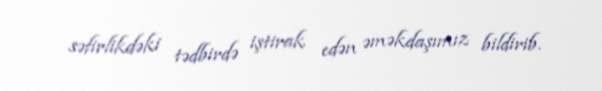
səfirlikdəki tədbirdə iştirak edən əməkdaşımız bildirib.